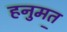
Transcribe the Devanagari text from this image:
हनुमत॒